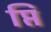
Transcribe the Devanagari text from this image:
प्ति